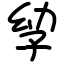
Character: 孧